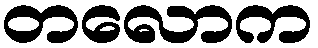
တလောက